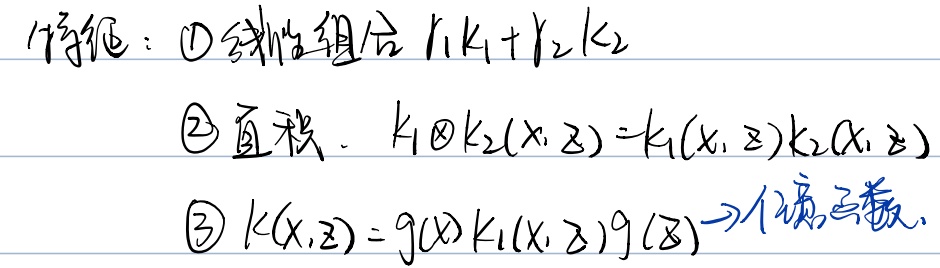
伸缩：\(\textcircled{1}\)线性组合 \(\gamma_{1}k_{1}+\gamma_{2}k_{2}\)
\(\textcircled{2}\)直积. \(k_{1}\otimes k_{2}(x,z)=k_{1}(x,z)k_{2}(x,z)\)
\(\textcircled{3}\) \(k(x,z)=g(x)k_{1}(x,z)g(z)\rightarrow\)位势函数.